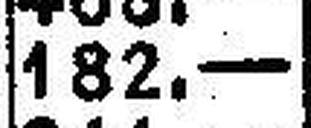
182.—